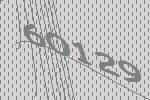
60129